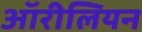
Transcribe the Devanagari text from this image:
ऑरीलियन